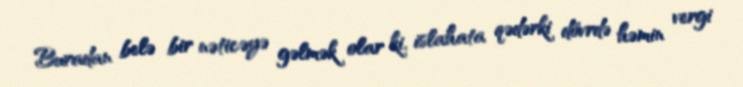
Buradan belə bir nəticəyə gəlmək olar ki, islahata qədərki dövrdə həmin vergi